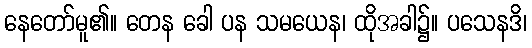
နေတော်မူ၏။ တေန ခေါ ပန သမယေန၊ ထိုအခါ၌။ ပသေနဒိ၊